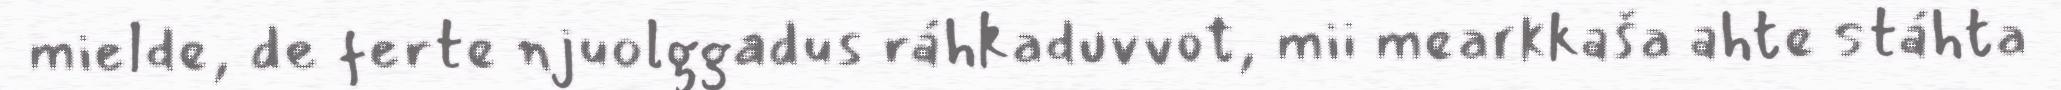
mielde, de ferte njuolggadus ráhkaduvvot, mii mearkkaša ahte stáhta